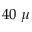
4 0 ~ \mu